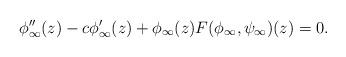
LaTeX: \begin{align*} \phi''_\infty(z)-c\phi'_\infty(z)+\phi_\infty(z)F(\phi_\infty,\psi_\infty)(z)=0.\end{align*}